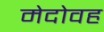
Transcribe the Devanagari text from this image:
मेदोवह